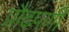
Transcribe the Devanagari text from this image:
प्रौढपणी